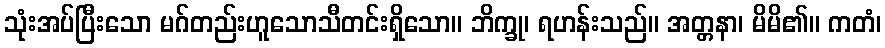
သုံးအပ်ပြီးသော မဂ်တည်းဟူသောသီတင်းရှိသော။ ဘိက္ခု၊ ရဟန်းသည်။ အတ္တနာ၊ မိမိ၏။ ကတံ၊